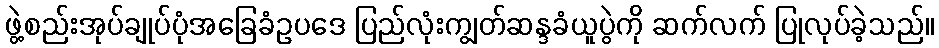
ဖွဲ့စည်းအုပ်ချုပ်ပုံအခြေခံဥပဒေ ပြည်လုံးကျွတ်ဆန္ဒခံယူပွဲကို ဆက်လက် ပြုလုပ်ခဲ့သည်။